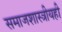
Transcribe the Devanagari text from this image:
समाजशास्त्रीयही